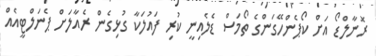
ރޮނާލްޑޯ އަށް ކޯޕެންހޭގަންގެ ތޯމަސް ޑެލެއިނީ ކުރި ފައުލަކާ ގުޅިގެން ރެއާލަށް ޕެނަލްޓީއެއް